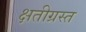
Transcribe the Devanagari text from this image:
क्षतीग्रस्त